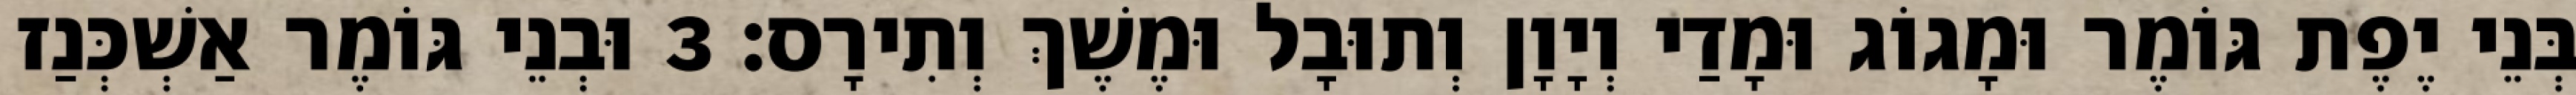
בְּנֵי יֶפֶת גּוֹמֶר וּמָגוֹג וּמָדַי וְיָוָן וְתוּבָל וּמֶשֶׁךְ וְתִירָס׃ 3 וּבְנֵי גּוֹמֶר אַשְׁכְּנַז